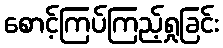
စောင့်ကြပ်ကြည့်ရှုခြင်း